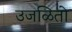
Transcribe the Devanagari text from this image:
उजळितो